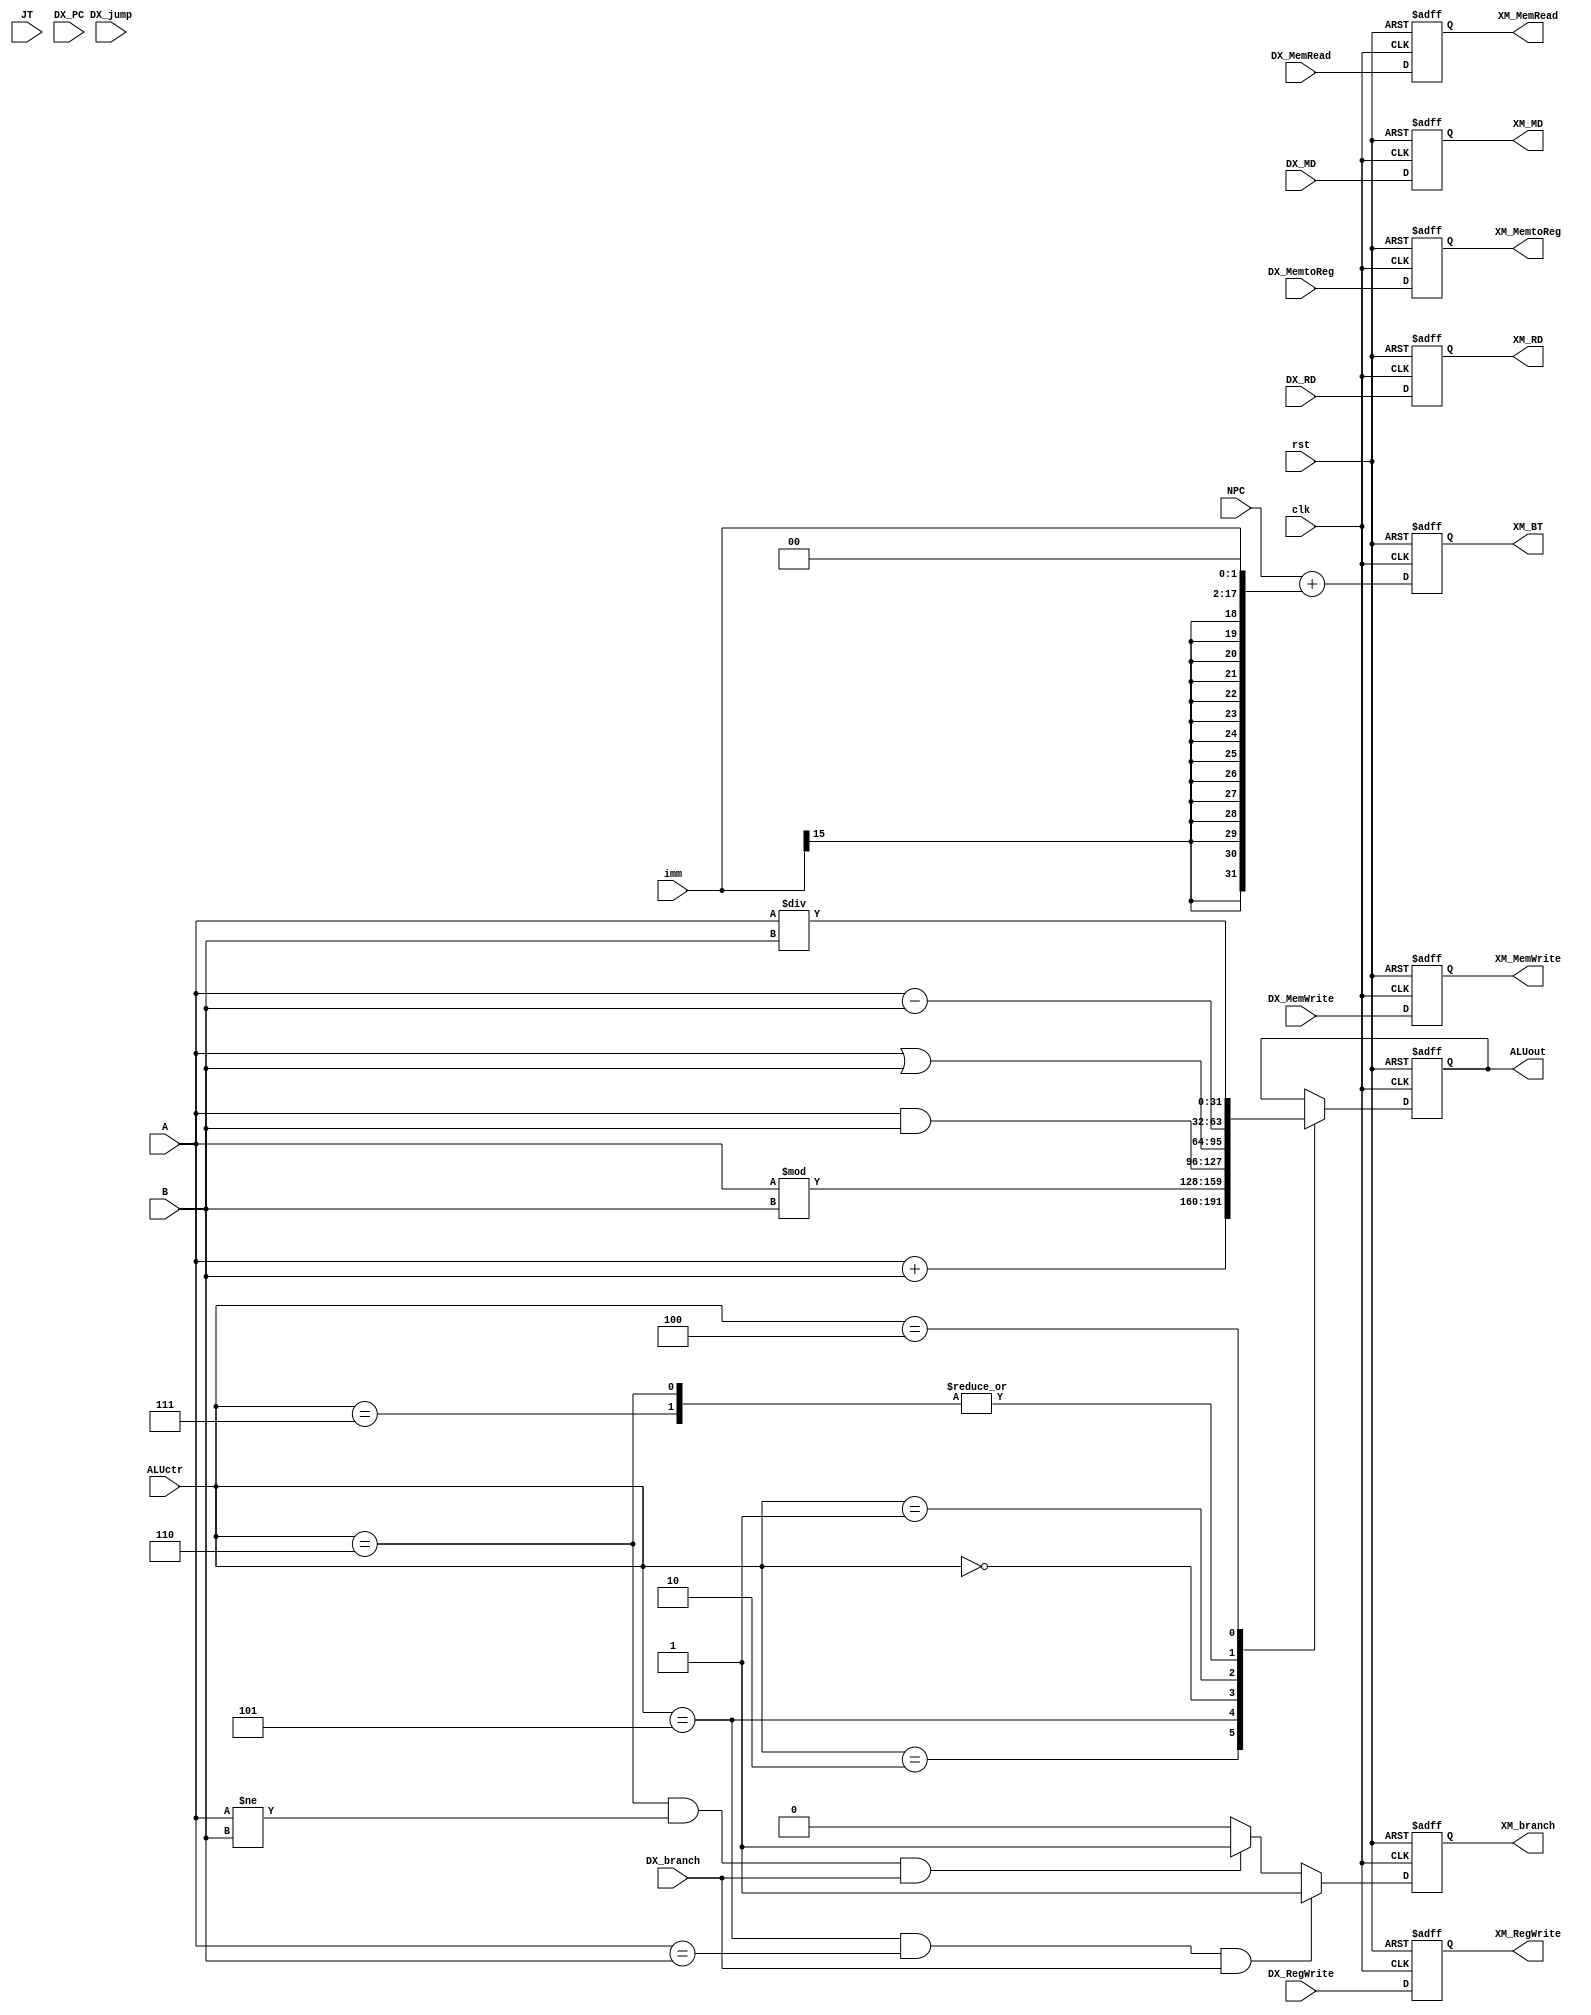
module EXECUTION(
	clk,
	rst,
	DX_MemtoReg,
	DX_RegWrite,
	DX_MemRead,
	DX_MemWrite,
	DX_branch,
	ALUctr,
	NPC,
	A,
	B,
	imm,
	DX_RD,
	DX_MD,
	
	JT,
	DX_PC,
	DX_jump,

	XM_MemtoReg,
	XM_RegWrite,
	XM_MemRead,
	XM_MemWrite,
	XM_branch,
	ALUout,
	XM_RD,
	XM_MD,
	XM_BT
);

input clk, rst, DX_MemtoReg, DX_RegWrite, DX_MemRead, DX_MemWrite, DX_branch, DX_jump;
input [2:0] ALUctr;
input [31:0]JT, DX_PC, NPC, A, B;
input [15:0]imm;
input [4:0] DX_RD;
input [31:0] DX_MD;

output reg XM_MemtoReg, XM_RegWrite, XM_MemRead, XM_MemWrite, XM_branch;
output reg [31:0]ALUout, XM_BT;
output reg [4:0] XM_RD;
output reg [31:0] XM_MD;

//set pipeline register
always @(posedge clk or posedge rst)
begin
	if(rst) begin //
		XM_MemtoReg	<= 1'b0;
		XM_RegWrite	<= 1'b0;
		XM_MemRead 	<= 1'b0;
		XM_MemWrite	<= 1'b0;
		XM_RD 	   	<= 5'b0;
		XM_MD 	   	<= 32'b0;
		XM_branch	<= 1'b0;
		XM_BT		<=32'b0;
	end else begin
		XM_MemtoReg	<= DX_MemtoReg;
		XM_RegWrite	<= DX_RegWrite;
		XM_MemRead 	<= DX_MemRead;
		XM_MemWrite	<= DX_MemWrite;
		XM_RD 	   	<= DX_RD;
		XM_MD 	   	<= DX_MD;
	    XM_branch<=((ALUctr==5) && (A == B) && (DX_branch))? 1'b1: ((ALUctr==6) && (A != B) && (DX_branch))?1'b1:1'b0;
		XM_BT<=NPC+{ { 15{imm[15]}}, imm, 2'b0};  //Branch Target = PC +  (EX. beq)
		//beq"execution"ALUout0
	end
end

always @(posedge clk or posedge rst)
begin
   if(rst) begin
   		ALUout <= 32'b0;
   end else begin
   		case(ALUctr)
			
		  	3'b010: //add / lw ...  //ID?
		     	ALUout <= A + B;
			3'b110:
				ALUout <= A - B;
			3'b101:
				ALUout <= A % B;
			3'b000:
				ALUout <= A & B;
			3'b001:
				ALUout <= A | B;
			3'b111:
				ALUout <= A - B;
			3'b100:
				ALUout <= A / B;

		  			 	
		endcase
   end
end


endmodule